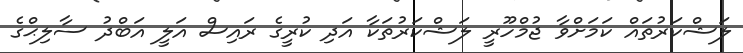
ލަޝްކަރުތައް ކަމަށްވާ ޖުމްހޫރީ ލަޝްކަރުތަކާ އަދި ކުރީގެ ރައިސް އަލީ އަބްދު ސާލިޙްގެ